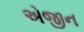
એજીન